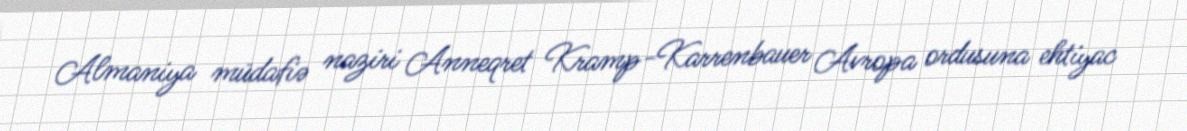
Almaniya müdafiə naziri Anneqret Kramp-Karrenbauer Avropa ordusuna ehtiyac